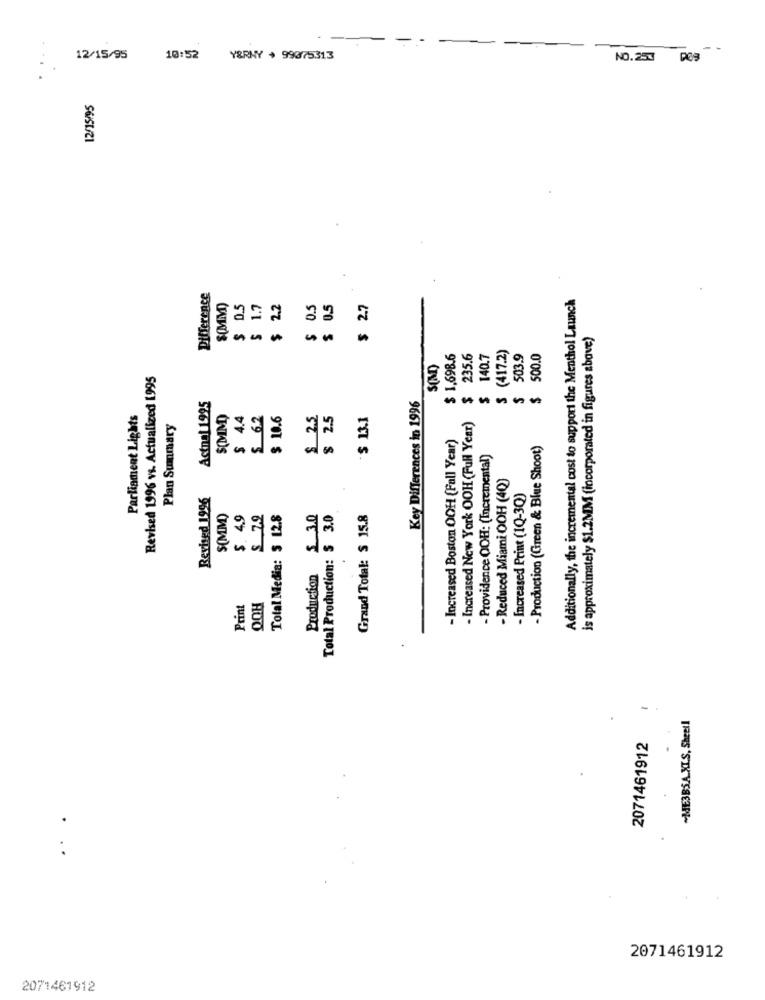
12/15/95
10:52
Y&RNY + 99075313
NO.25% DO9
12/15/95
Difference
Additionally, the incremental cost to support the Menthol Launch
$(MM)
$ 0.5
1.7
$ 2.2
$ 0.5
0.5
$ 2.7
is approximately $1.2MM (incorporated in figures above)
S (417.2)
$ 1,698.6
235.6
$ 140.7
503.9
500.0
S(MD)
Revised 1996 vs. Actualized 1995
Key Differences in 1996
Actnal 1995
Parliament Lights
$(MM)
$ 4.4
$ 6.2
$ 10.6
$ 2.5
$ 2.5
$ 13.1
Plan Summary
- Increased New York OOH (Full Year)
- Increased Boston OCH (Fall Year)
- Production (Green & Blue Shoot)
- Providence OOH: (Incremental)
- Reduced Miami OOH (40)
Revised 1996
- Increased Print (1Q-3Q)
$(MM)
$. 4.9
$ 7.9
Total Media: $ 12.8
Production $ 3.0
Total Production: $ 3.0
Grand Total: $ 15.8
Print
QOH
-
~ME3BS.A.XLS, Sheell
2071461912
...
2071461912
2071461912